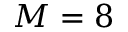
M = 8